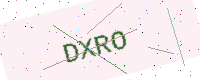
Text: DXRO